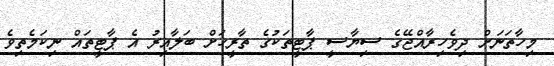
މިހާތަނަށް ދިވެހިރާއްޖޭގެ ސިޔާސީ ޕާޓީތަކުގެ ތާރީޚަށް ބަލާއިރު އެ ޕާޓީތައް ނިކަމެތިވެ